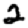
Digit: 2